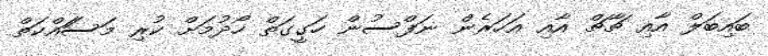
ބައިބަލް އާއި ޗާޗް އާއި އަހަރެން ނަފްސުން ހަގީގަތް ހޯދުމަށް ކުރި މަސަައްކަތް